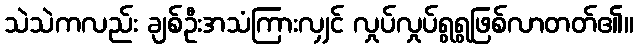
သဲသဲကလည်း ချစ်ဦးအသံကြားလျှင် လှုပ်လှုပ်ရွရွဖြစ်လာတတ်၏။